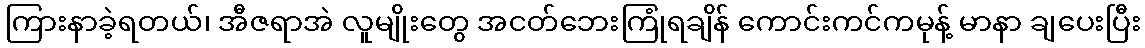
ကြားနာခဲ့ရတယ်၊ အီဇရာအဲ လူမျိုးတွေ အငတ်ဘေးကြုံရချိန် ကောင်းကင်ကမုန့် မာနာ ချပေးပြီး